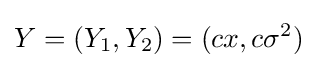
Y=(Y_{1},Y_{2})=(cx,c\sigma ^{2})